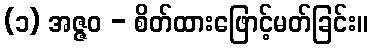
(၁) အဇ္ဇဝ - စိတ်ထားဖြောင့်မတ်ခြင်း။